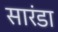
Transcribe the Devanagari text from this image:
सारंडा